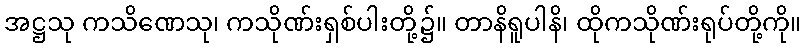
အဋ္ဌသု ကသိဏေသု၊ ကသိုဏ်းရှစ်ပါးတို့၌။ တာနိရူပါနိ၊ ထိုကသိုဏ်းရုပ်တို့ကို။